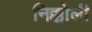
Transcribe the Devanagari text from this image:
निक्कोली